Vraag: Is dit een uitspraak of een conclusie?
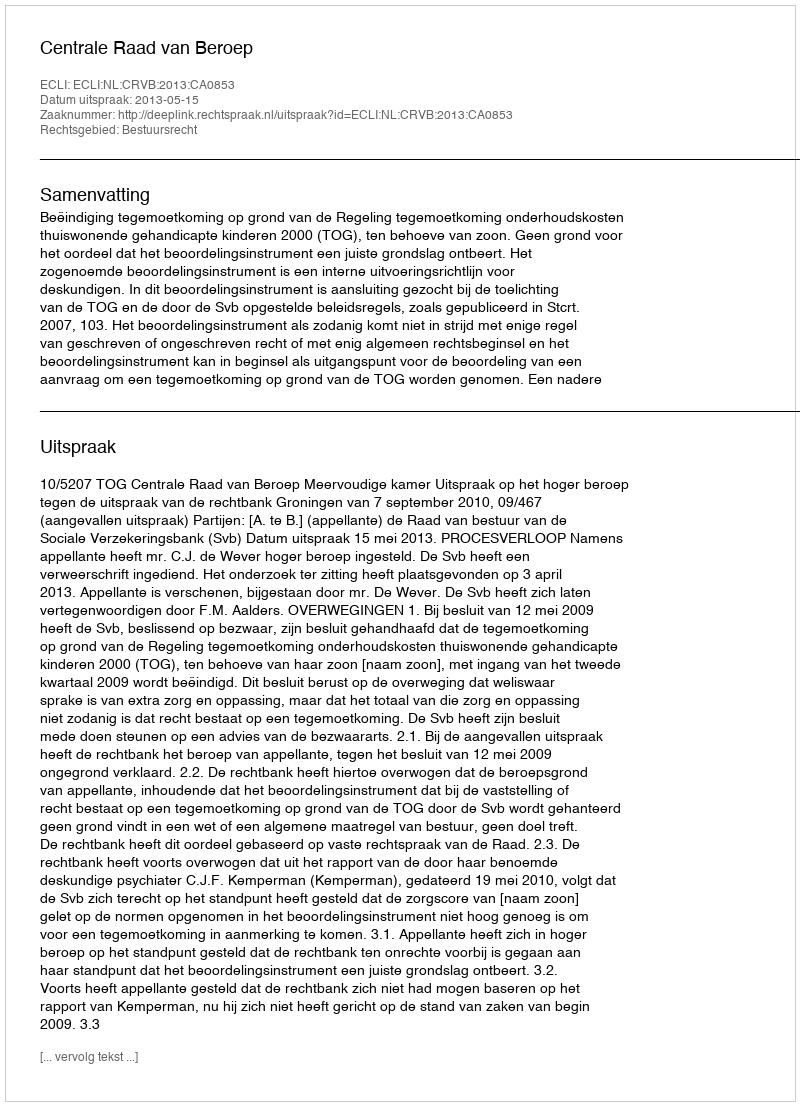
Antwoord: Uitspraak